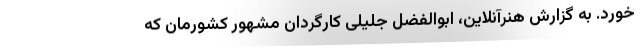
خورد. به گزارش هنرآنلاین، ابوالفضل جلیلی کارگردان مشهور کشورمان که